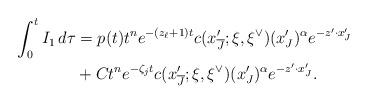
LaTeX: \begin{align*} \int_0^tI_1\,d\tau &= p(t)t^ne^{-(z_\ell+1)t}c(x'_{\overline{J}};\xi,\xi^{\vee})(x'_J)^\alpha e^{-z'\cdot x'_J}\\&+ Ct^ne^{-\zeta_jt}c(x'_{\overline{J}};\xi,\xi^{\vee})(x'_J)^\alpha e^{-z'\cdot x'_J}.\end{align*}